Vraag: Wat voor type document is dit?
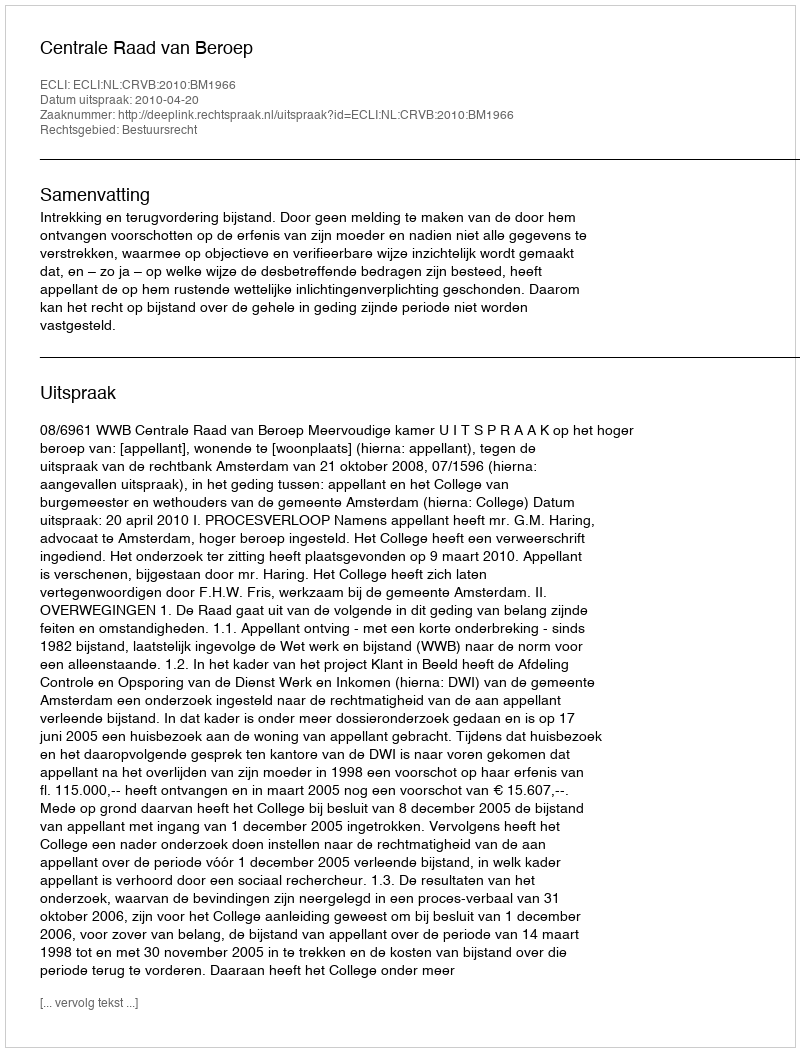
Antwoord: Uitspraak